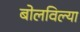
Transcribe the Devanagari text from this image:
बोलविल्या